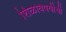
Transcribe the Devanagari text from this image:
शिळेविषयीची